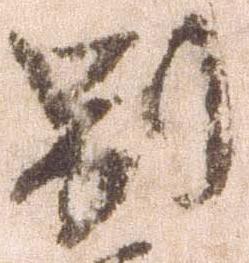
別